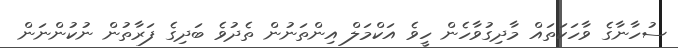
ސުހާނާގެ ވާހަކަތައް މާދިގުވާހެން ހީވެ އަކްމަލް އިންތަނުން ތެދުވެ ބަދިގެ ފަރާތުން ނުކުންނަން